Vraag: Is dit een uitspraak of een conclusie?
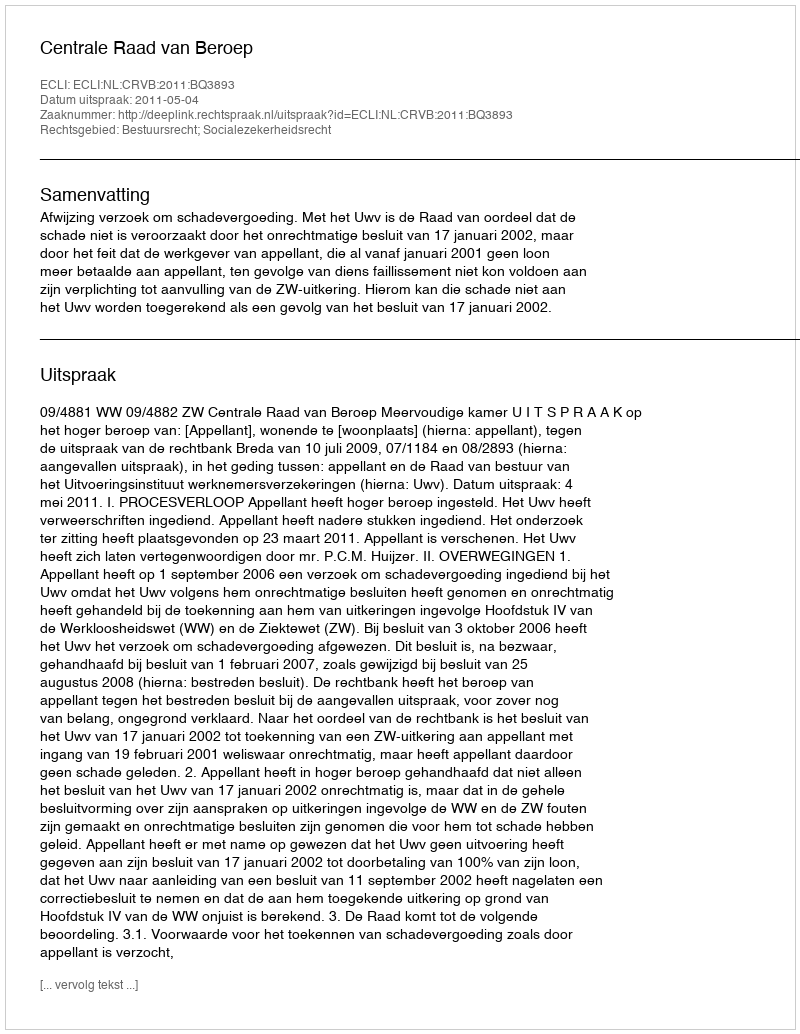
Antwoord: Uitspraak